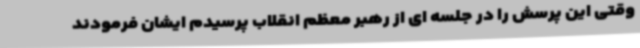
وقتی این پرسش را در جلسه ای از رهبر معظم انقلاب پرسیدم ایشان فرمودند